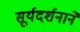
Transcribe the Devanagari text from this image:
सूर्यदर्शनानें